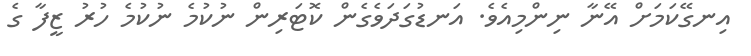
އިނގޭކަމަށް އޭނާ ނިންމިއެވެ. އަނޑުގަދަވެގެން ކޮޓަރިން ނުކުމެ ނުކުމެ ހުރު ޒީފާ ގެ